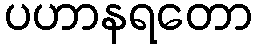
ပဟာနရတော